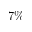
7 \%